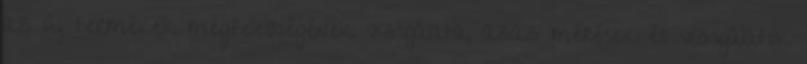
az új termékek megfelelőségének vizsgálata, azaz mérések és vizsgálatok